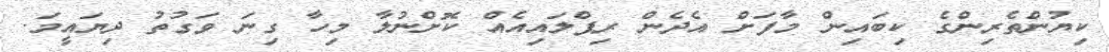
ކިޔުންތެރިންގެ ކިބައިން މާފަށް އެދެން ރިޕްލައިއެއް ކޮށްނުލާ މިހާ ގިނަ ވަގުތު ދިޔައީމަ.